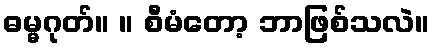
ဓမ္မဂုတ်။ ။ စီမံတော့ ဘာဖြစ်သလဲ။